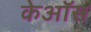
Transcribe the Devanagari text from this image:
केऑस